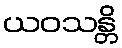
ယဝသန္တိ